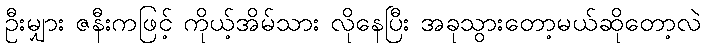
ဦးမျှား ဇနီးကဖြင့် ကိုယ့်အိမ်သား လိုနေပြီး အခုသွားတော့မယ်ဆိုတော့လဲ